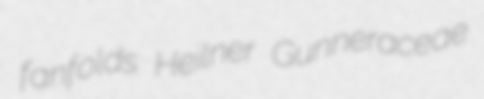
fanfolds Heilner Gunneraceae